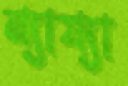
ন্যায্যা